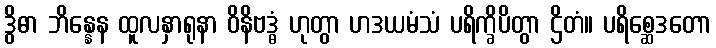
ဒွိဓာ ဘိန္နေန ထူလနှာရုနာ ဝိနိဗဒ္ဓံ ဟုတွာ ဟဒယမံသံ ပရိက္ခိပိတွာ ဌိတံ။ ပရိစ္ဆေဒတော